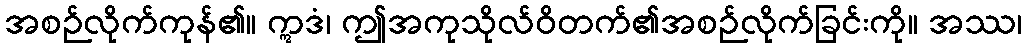
အစဉ်လိုက်ကုန်၏။ ဣဒံ၊ ဤအကုသိုလ်ဝိတက်၏အစဉ်လိုက်ခြင်းကို။ အဿ၊